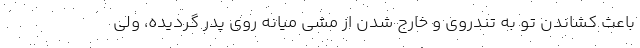
باعث کشاندن تو به تندروی و خارج شدن از مشی میانه روی پدر گردیده، ولی